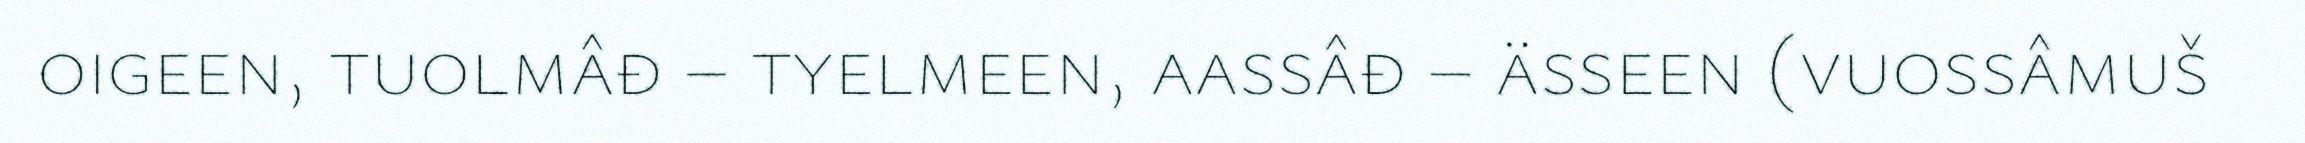
oigeen, tuolmâđ – tyelmeen, aassâđ – ässeen (vuossâmuš